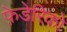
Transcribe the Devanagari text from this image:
फ़े़डेरिको